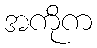
အကိုက